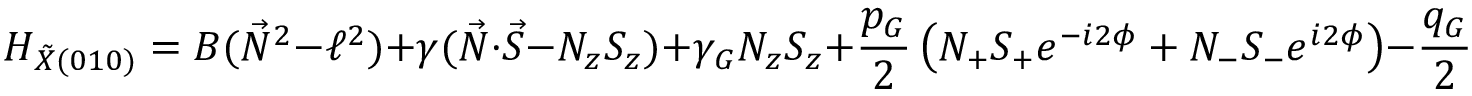
H _ { \tilde { X } ( 0 1 0 ) } = B ( \vec { N } ^ { 2 } - \ell ^ { 2 } ) + \gamma ( \vec { N } \cdot \vec { S } - N _ { z } S _ { z } ) + \gamma _ { G } N _ { z } S _ { z } + \frac { p _ { G } } { 2 } \left( N _ { + } S _ { + } e ^ { - i 2 \phi } + N _ { - } S _ { - } e ^ { i 2 \phi } \right) - \frac { q _ { G } } { 2 } \left( N _ { + } ^ { 2 } e ^ { - i 2 \phi } + N _ { - } ^ { 2 } e ^ { i 2 \phi } \right) .